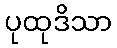
ပုထုဒိသာ